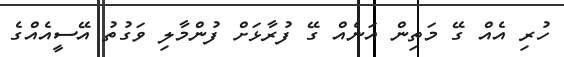
ހުރި އެއް ގޭ މަތިން އަނެއް ގޭ ފުރާޅަށް ފުންމާލި ވަގުތު އޭސީއެއްގެ